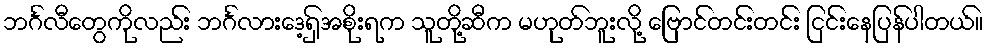
ဘင်္ဂလီတွေကိုလည်း ဘင်္ဂလားဒေ့ရှ်အစိုးရက သူတို့ဆီက မဟုတ်ဘူးလို့ ဗြောင်တင်းတင်း ငြင်းနေပြန်ပါတယ်။